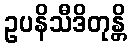
ဥပနိသီဒိတုန္တိ